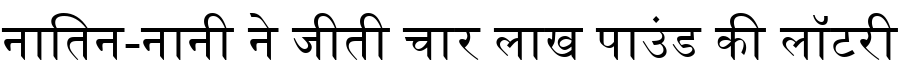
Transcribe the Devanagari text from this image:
नातिन-नानी ने जीती चार लाख पाउंड की लॉटरी